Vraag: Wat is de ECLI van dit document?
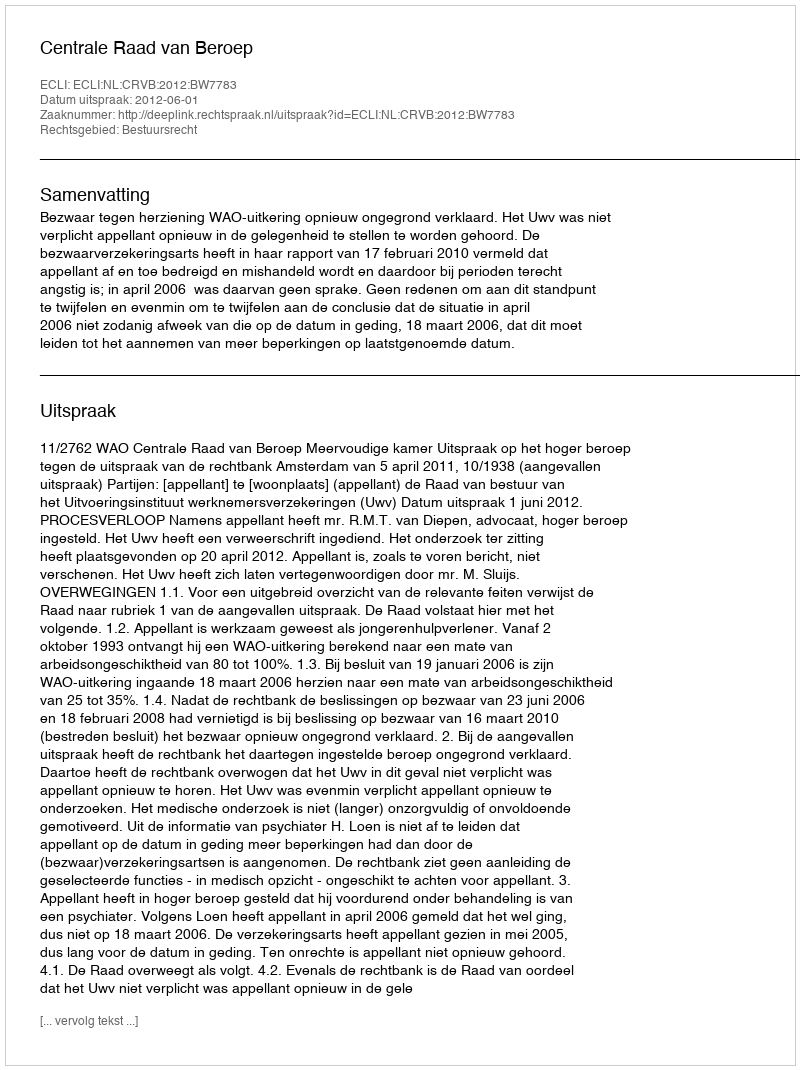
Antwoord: ECLI:NL:CRVB:2012:BW7783